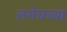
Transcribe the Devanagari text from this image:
लगेचच्या